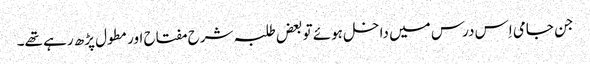
جن جامی اِس درس میں داخل ہوئے تو بعض طلبہ شرح مفتاح اور مطول پڑھ رہے تھے۔